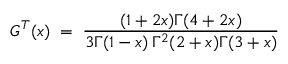
G ^ { T } ( x ) \; = \; { \frac { ( 1 + 2 x ) \Gamma ( 4 + 2 x ) } { 3 \Gamma ( 1 - x ) \, \Gamma ^ { 2 } ( 2 + x ) \Gamma ( 3 + x ) } }